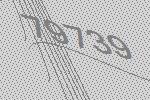
79739